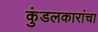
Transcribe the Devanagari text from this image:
कुंडलकारांचा